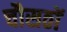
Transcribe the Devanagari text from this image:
चौसठों